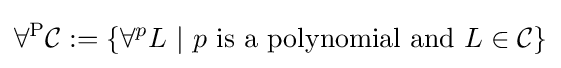
\forall ^{\mathrm {P} }{\mathcal {C}}:=\left\{\forall ^{p}L\ |\ p{\text{ is a polynomial and }}L\in {\mathcal {C}}\right\}